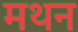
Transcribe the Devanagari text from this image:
मथन